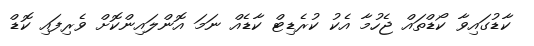
ކާޑުގައިވާ ކޯޑްތައް ޖެހުމާ އެކު ކުރެޑިޓް ކާޑެއް ނަމަ އޮންލައިންކޮށް ވެރިފައި ކޮޑް